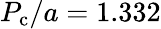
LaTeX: P_{\mathrm{c}}/a=1.332